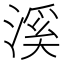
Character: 溪